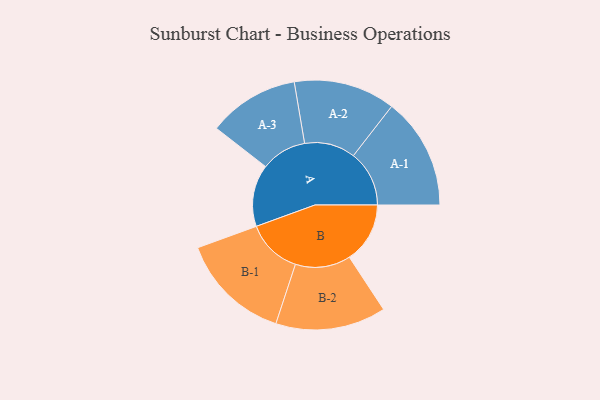
{"axis": {"x": "Segment", "y": "Value"}, "legend": ["", "A", "B"], "data": [{"x": "A", "y": 295, "type": ""}, {"x": "B", "y": 289, "type": ""}, {"x": "A-1", "y": 266, "type": "A"}, {"x": "A-2", "y": 242, "type": "A"}, {"x": "A-3", "y": 217, "type": "A"}, {"x": "B-1", "y": 264, "type": "B"}, {"x": "B-2", "y": 263, "type": "B"}]}